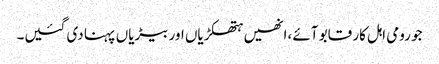
جو رومی اہل کار قابو آئے ،انھیں ہتھکڑیاں اور بیڑیاں پہنا دی گئیں۔